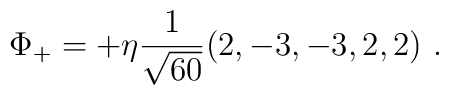
\Phi_+ = + \eta {1\over \sqrt{60}} (2,-3,-3,2,2)  \ .